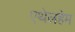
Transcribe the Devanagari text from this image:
एथेलहेम